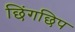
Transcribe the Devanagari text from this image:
छिंगछिप